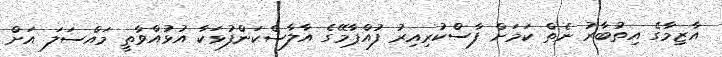
އާޒިމާގެ އިތުބާރު ނެތް ކަމަށް ފާސްކުރިއިރު ފުއްޕާމޭގެ އާލާސްކަންފުޅަކާ އުޅުއްވާތީ މައްސަލަ އަށް